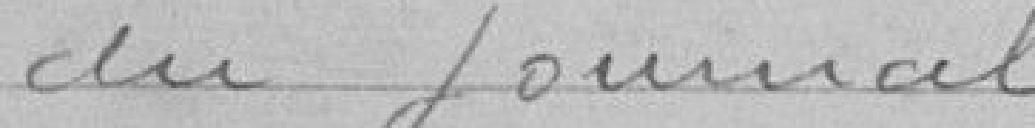
au journal